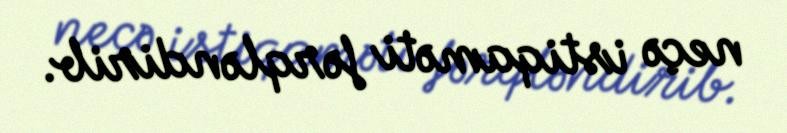
neçə istiqaməti fərqləndirib.